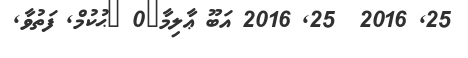
25